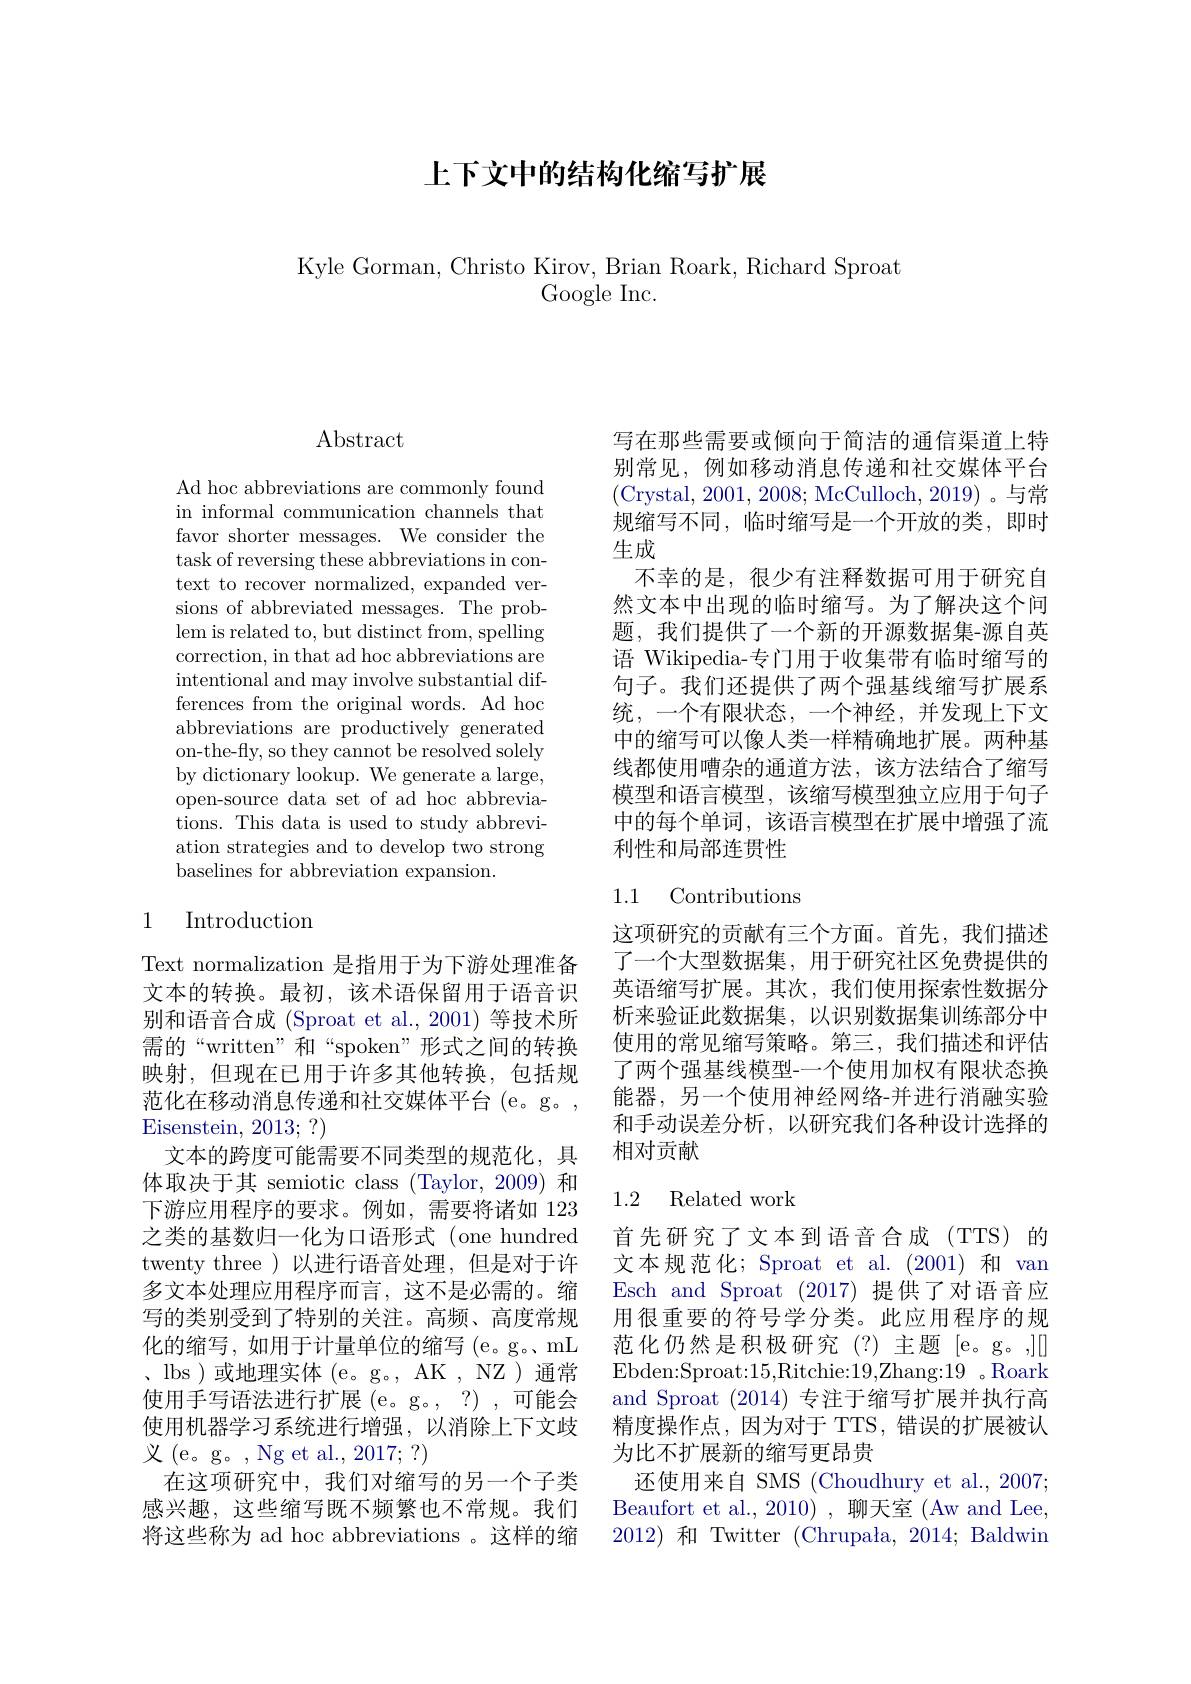
## 上下文中的结构化缩写扩展

Kyle Gorman, Christo Kirov, Brian Roark, Richard Sproat
Google Inc.

$\operatorname{Abstract}$

Ad hoc abbreviations are commonly found in informal communication channels that favor shorter messages. We consider the task of reversing these abbreviations in context to recover normalized, expanded versions of abbreviated messages. The problem is related to, but distinct from, spelling correction, in that ad hoc abbreviations are intentional and may involve substantial differences from the original words. Ad hoc abbreviations are productively generated on-the-fly, so they cannot be resolved solely by dictionary lookup. We generate a large, open-source data set of ad hoc abbreviations. This data is used to study abbreviation strategies and to develop two strong baselines for abbreviation expansion.

## 1 Introduction

Text normalization 是指用于为下游处理准备文本的转换。最初，该术语保留用于语音识别和语音合成 (Sproat et al., 2001) 等技术所需的“written”和“spoken”形式之间的转换映射，但现在已用于许多其他转换，包括规范化在移动消息传递和社交媒体平台 (e。g。, Eisenstein, 2013; ?)
文本的跨度可能需要不同类型的规范化，具体取决于其 semiotic class (Taylor, 2009) 和下游应用程序的要求。例如，需要将诸如 123之类的基数归一化为口语形式 (one hundred twenty three )以进行语音处理，但是对于许多文本处理应用程序而言，这不是必需的。缩写的类别受到了特别的关注。高频、高度常规化的缩写，如用于计量单位的缩写(e。g。mL 、lbs )或地理实体( $e$。g。, AK , NZ )通常使用手写语法进行扩展(e。g。,?),可能会使用机器学习系统进行增强，以消除上下文歧义(e。g。, Ng et al., 2017; ?)
在这项研究中，我们对缩写的另一个子类感兴趣，这些缩写既不频繁也不常规。我们将这些称为 ad hoc abbreviations 。这样的缩

写在那些需要或倾向于简洁的通信渠道上特别常见，例如移动消息传递和社交媒体平台(Crystal, 2001,2008; McCulloch, 2019)。与常规缩写不同，临时缩写是一个开放的类，即时生成
不幸的是，很少有注释数据可用于研究自然文本中出现的临时缩写。为了解决这个问题，我们提供了一个新的开源数据集-源自英语 Wikipedia-专门用于收集带有临时缩写的句子。我们还提供了两个强基线缩写扩展系统，一个有限状态，一个神经，并发现上下文中的缩写可以像人类一样精确地扩展。两种基线都使用嘈杂的通道方法，该方法结合了缩写模型和语言模型，该缩写模型独立应用于句子中的每个单词，该语言模型在扩展中增强了流利性和局部连贯性

### 1.1 Contributions

这项研究的贡献有三个方面。首先，我们描述了一个大型数据集，用于研究社区免费提供的英语缩写扩展。其次，我们使用探索性数据分析来验证此数据集，以识别数据集训练部分中使用的常见缩写策略。第三，我们描述和评估了两个强基线模型-一个使用加权有限状态换能器，另一个使用神经网络-并进行消融实验和手动误差分析，以研究我们各种设计选择的相对贡献

## 1.2 Related work

首先研究了文本到语音合成(TTS)的文本规范化；Sproat et al. (2001) 和 van Esch and Sproat (2017)提供了对语音应用很重要的符号学分类。此应用程序的规范化仍然是积极研究(?)主题[e。g。,][] Ebden:Sproat:15,Ritchie:19,Zhang:19 。Roark and Sproat (2014)专注于缩写扩展并执行高精度操作点，因为对于 TTS, 错误的扩展被认为比不扩展新的缩写更昂贵
还使用来自 SMS (Choudhury et al., 2007; Beaufort et al., 2010) , 聊天室 (Aw and Lee, 2012)和 Twitter (Chrupała, 2014; Baldwin